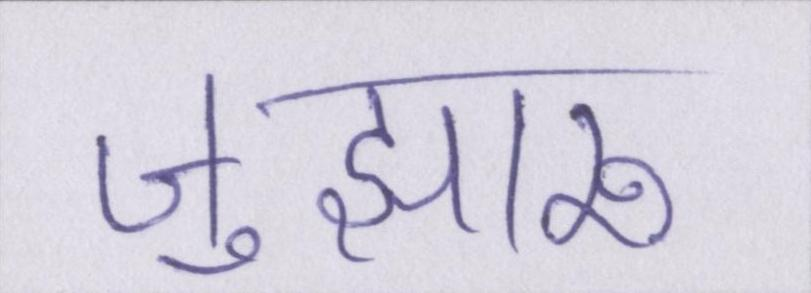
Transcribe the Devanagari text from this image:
जुझारू